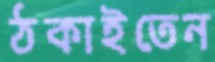
ঠকাইতেন